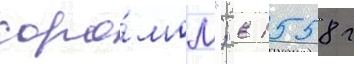
соро́мом"; в 1558 г